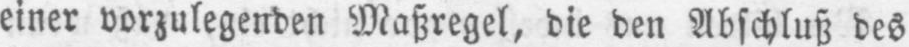
einer vorzulegenden Maßregel, die den Abschluß des